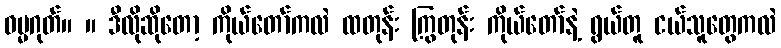
ဓမ္မဂုတ်။ ။ ဒီလိုဆိုတော့ ကိုယ်တော်ကလဲ ထတုန်း ကြွတုန်း ကိုယ်တော်နဲ့ ရွယ်တူ ငယ်သူတွေကလဲ